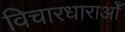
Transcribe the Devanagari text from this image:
विचारधाराओँ